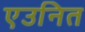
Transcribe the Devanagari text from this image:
एउनित